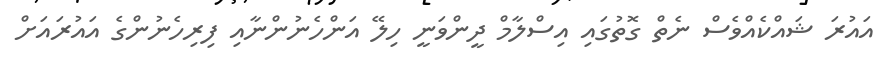
އައުރަ ޝައްކެއްވެސް ނެތް ގޮތުގައި އިސްލާމް ދީންވަނީ ހިލޭ އަންހެނުންނާއި ފިރިހެނުންގެ އައުރައަށް